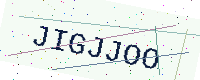
Text: JIGJJOO